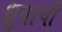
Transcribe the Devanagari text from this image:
ध्रुवाची